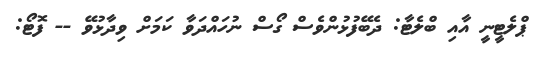
ޕްލެޓީނީ އާއި ބްލެޓާ: ދެބޭފުޅުންވެސް ގޯސް ނުހައްދަވާ ކަމަށް ވިދާޅުވޭ -- ފޮޓޯ: